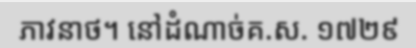
ភាវនាថ។ នៅដំណាច់គ.ស. ១៧២៩